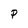
Character: P